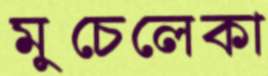
মুচেলেকা